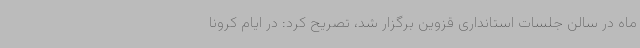
ماه در سالن جلسات استانداری قزوین برگزار شد، تصریح کرد: در ایام کرونا